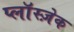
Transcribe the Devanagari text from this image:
प्लाॅस्ज़ेक